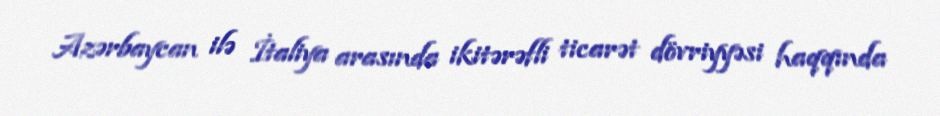
Azərbaycan ilə İtaliya arasında ikitərəfli ticarət dövriyyəsi haqqında